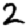
Digit: 2